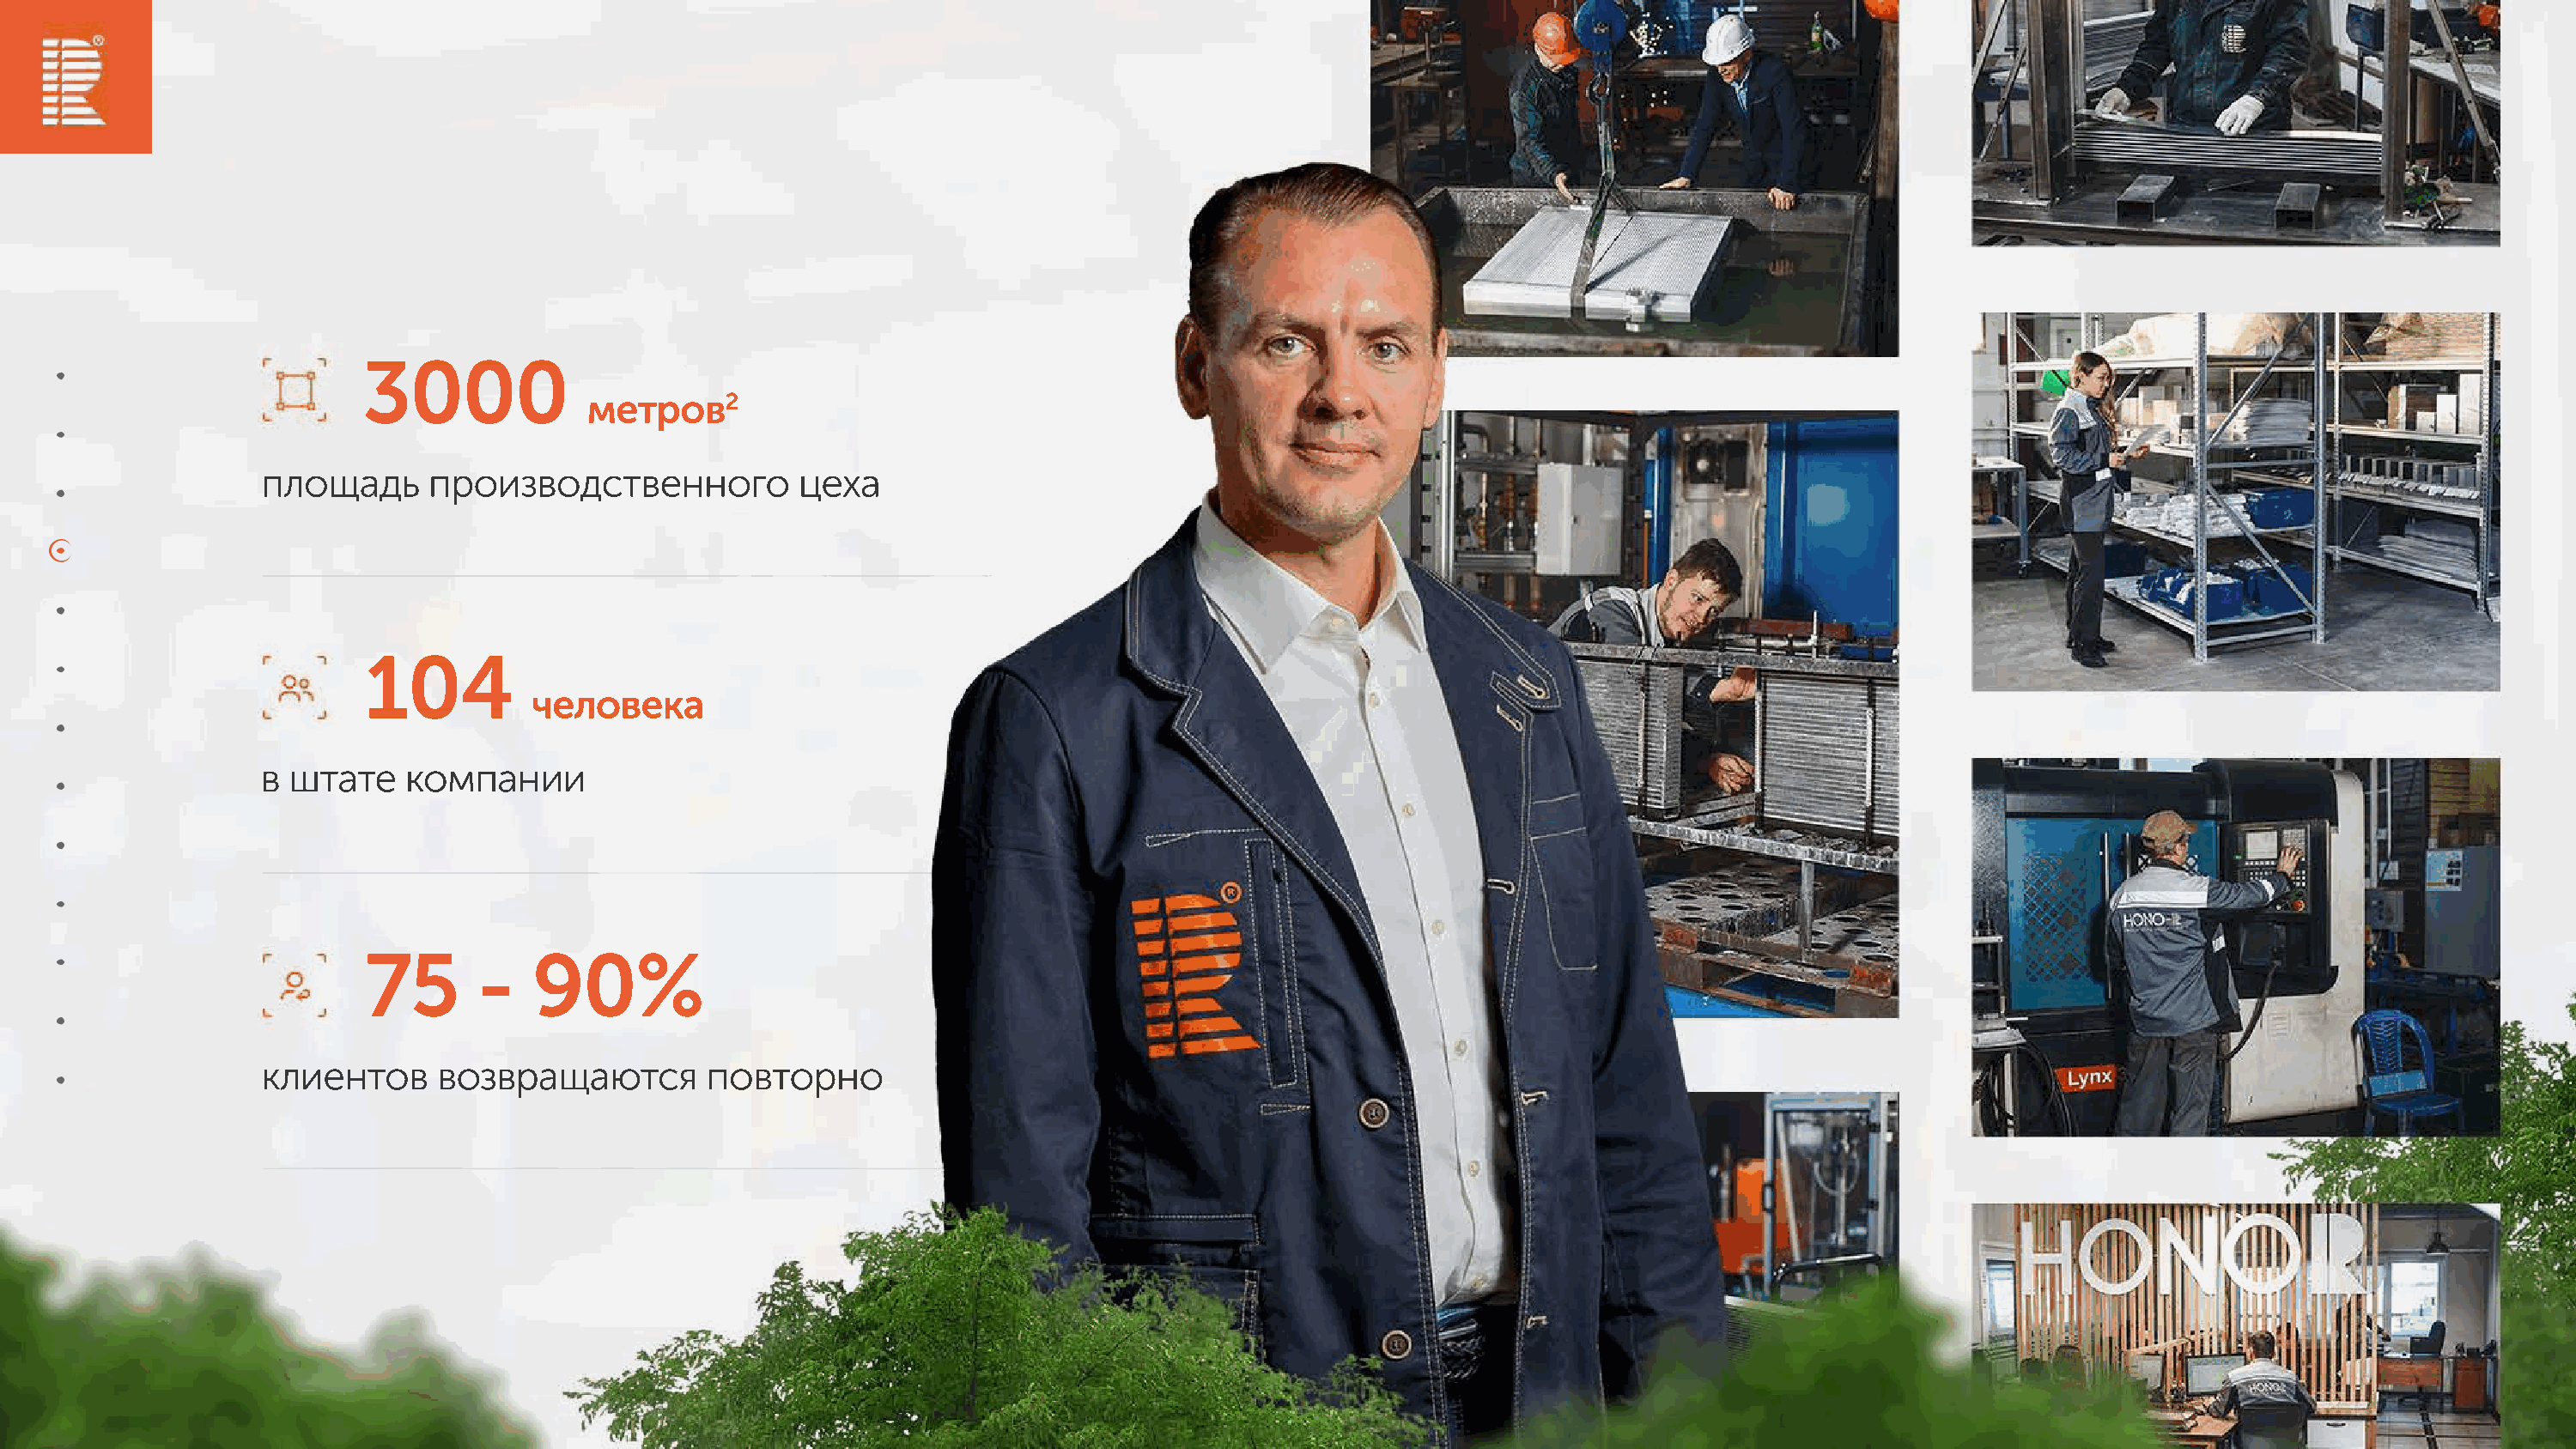
3000
 метров2
 площадь      производственного            цеха
 104
 человека
 в штате    компании
 75       -   90%
 клиентов      возвращаются        повторно